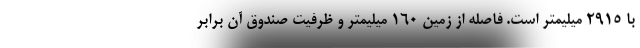
با 2915 میلیمتر است. فاصله از زمین 160 میلیمتر و ظرفیت صندوق آن برابر